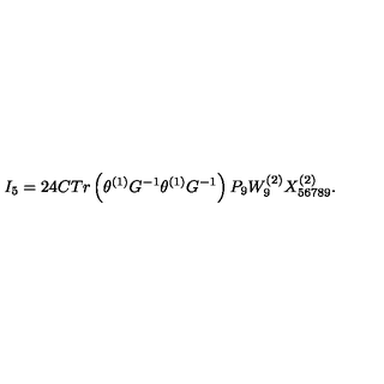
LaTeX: I _ { 5 } = 2 4 C T r \left( \theta ^ { \left( 1 \right) } G ^ { - 1 } \theta ^ { \left( 1 \right) } G ^ { - 1 } \right) P _ { 9 } W _ { 9 } ^ { \left( 2 \right) } X _ { 5 6 7 8 9 } ^ { \left( 2 \right) } . \nonumber